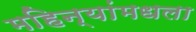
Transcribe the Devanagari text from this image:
महिन्यांमधला